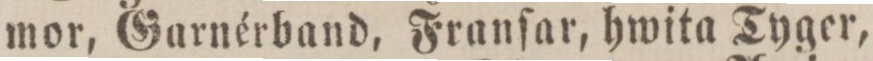
mor, Garnérband, Franſar, hwita Tyger,